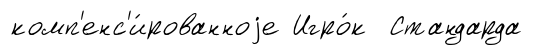
комп'енс'и́рованноjе Игро́к Стандарда